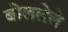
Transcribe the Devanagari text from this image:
बोललेले